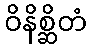
ဝိနိစ္ဆိတံ